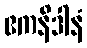
ဧကနိဒါနံ